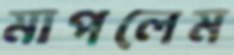
মাপলেম